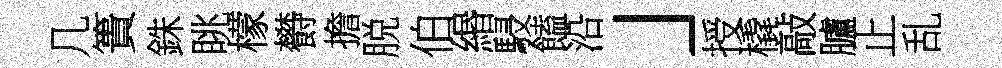
几簣銖眺檬欎擔脱伯緡駸饁沿」授橇敲臚止乱